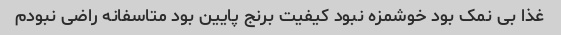
غذا بی نمک بود خوشمزه نبود کیفیت برنج پایین بود متاسفانه راضی نبودم